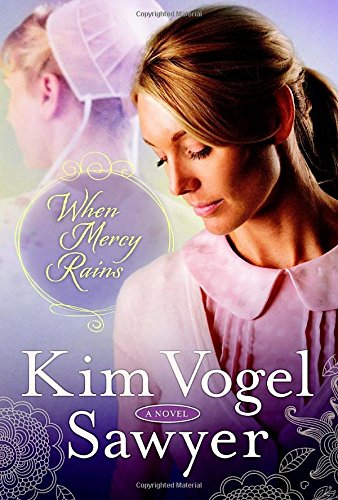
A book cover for When Mercy Rains: A Novel (The Zimmerman Restoration Trilogy); Kim Vogel Sawyer; Romance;